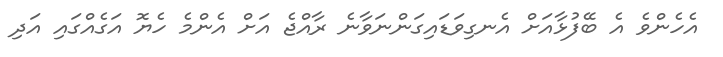
އެހެންވެ އެ ބޭފުޅާއަށް އެނގިވަޑައިގަންނަވާނެ ރާއްޖެ އަށް އެންމެ ހެޔޮ އަގެއްގައި އަދި